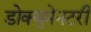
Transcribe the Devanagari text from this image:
डोक्युमेनटरी